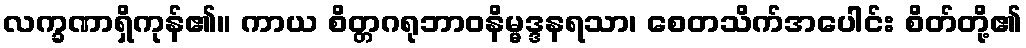
လက္ခဏာရှိကုန်၏။ ကာယ စိတ္တဂရုဘာဝနိမ္မဒ္ဒနရသာ၊ စေတသိက်အပေါင်း စိတ်တို့၏